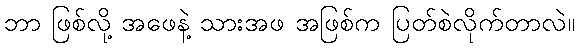
ဘာ ဖြစ်လို့ အဖေနဲ့ သားအဖ အဖြစ်က ပြတ်စဲလိုက်တာလဲ။